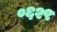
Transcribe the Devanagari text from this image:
०६२९